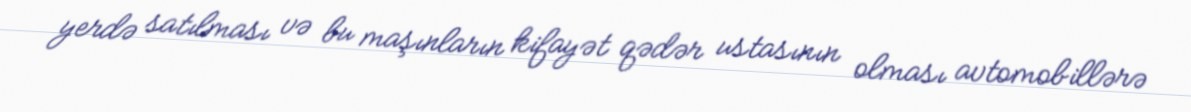
yerdə satılması və bu maşınların kifayət qədər ustasının olması avtomobillərə